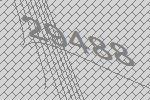
29488